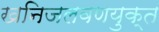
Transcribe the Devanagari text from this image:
खनिजलवणयुक्त